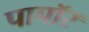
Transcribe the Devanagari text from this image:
पापॉर